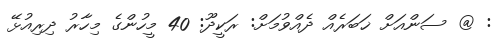
: @ ސަންއަށް ޚަބަރެއް ދެއްވުމަށް: ރަކީދޫ: 40 މީހުންގެ މިހާރު ދިރިއުޅޭ